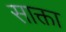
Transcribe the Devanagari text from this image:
साक्ता